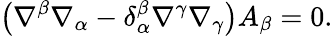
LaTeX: \left(\nabla^{\beta}\nabla_{\alpha}-\delta_{\alpha}^{\beta}\nabla^{\gamma}\nabla_{\gamma}\right)A_{\beta}=0.